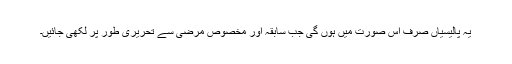
یہ پالیسیاں صرف اس صورت میں ہوں گی جب سابقہ اور مخصوص مرضی سے تحریری طور پر لکھی جائیں۔